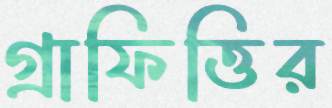
গ্রাফিত্তির